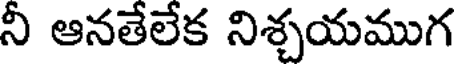
నీ ఆనతేలేక నిశ్చయముగ